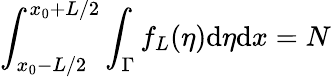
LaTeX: \int_{x_{0}-L/2}^{x_{0}+L/2}\int_{\Gamma}f_{L}(\eta)\mathrm{d}\eta\mathrm{d}x=N